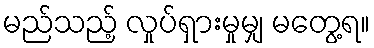
မည်သည့် လှုပ်ရှားမှုမျှ မတွေ့ရ။